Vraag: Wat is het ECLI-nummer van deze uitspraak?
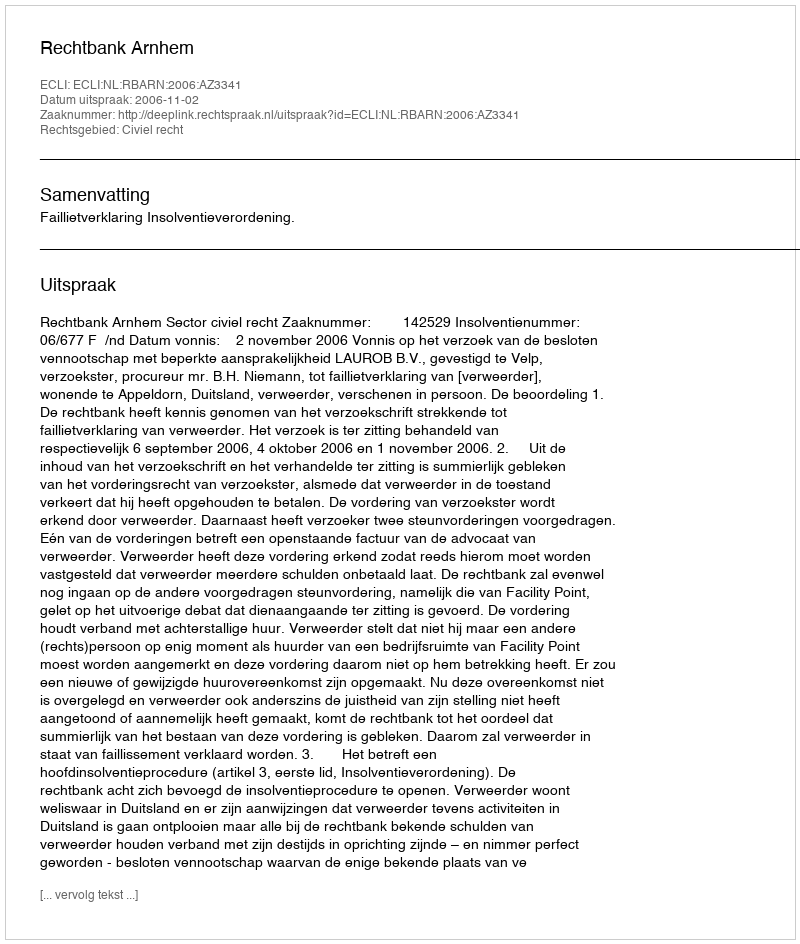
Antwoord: ECLI:NL:RBARN:2006:AZ3341